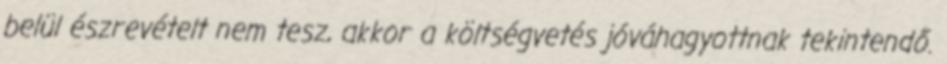
belül észrevételt nem tesz, akkor a költségvetés jóváhagyottnak tekintendő.